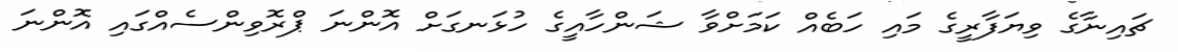
ޗައިނާގެ ވިޔަފާރީގެ މައި ހަބެއް ކަމަށްވާ ޝަންހާއީގެ ހުޅަނގަށް އޮންނަ ޕްރޮވިންސެއްގައި އޮންނަ